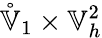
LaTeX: \mathring{\mathbb{V}}_{1}\times\mathbb{V}_{h}^{2}